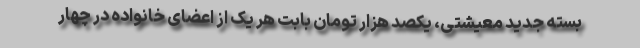
بسته جدید معیشتی، یکصد هزار تومان بابت هر یک از اعضای خانواده در چهار